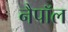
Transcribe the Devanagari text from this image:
नैपॉल